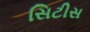
સિટીસ